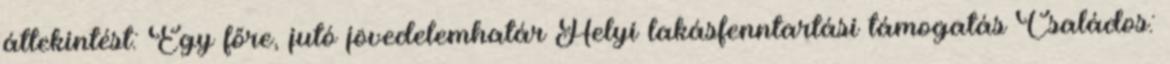
áttekintést: Egy főre, jutó jövedelemhatár Helyi lakásfenntartási támogatás Családos: